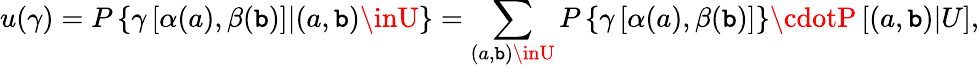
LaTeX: u(\gamma)=P\left\{ \gamma\left[\alpha(a),\beta(\mathtt{b})\right]|(a,\mathtt{b})\inU\right\} =\sum_{(a,\mathtt{b})\inU}P\left\{ \gamma\left[\alpha(a),\beta(\mathtt{b})\right]\right\} \cdotP\left[(a,\mathtt{b})|U\right],